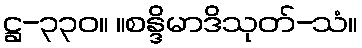
ဋ္ဌ-၃၃၀။ ။စန္ဒိမာဒိသုတ်-သံ။